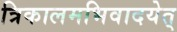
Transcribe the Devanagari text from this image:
त्रिकालमभिवादयेत्